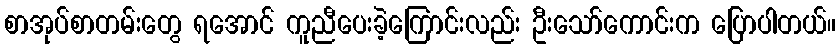
စာအုပ်စာတမ်းတွေ ရအောင် ကူညီပေးခဲ့ကြောင်းလည်း ဦးသော်ကောင်းက ပြောပါတယ်။